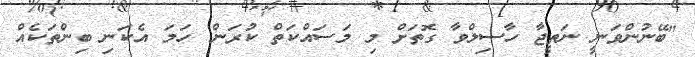
"ބޭނުންވަނީ ނަތީޖާ ހާސިލްވާ ގޮތަށް މި މަސައްކަތް ކުރަން. ހަމަ އެކަނި ބިންތަކެއް